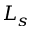
L _ { s }